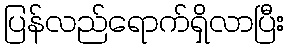
ပြန်လည်ရောက်ရှိလာပြီး